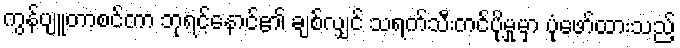
ကွန်ပျူတာစင်တာ ဘုရင့်နောင်၏ ချစ်လျှင် သရက်သီးတင်ပို့မှုမှာ ပုံဖော်ထားသည့်